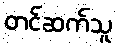
တင်ဆက်သူ